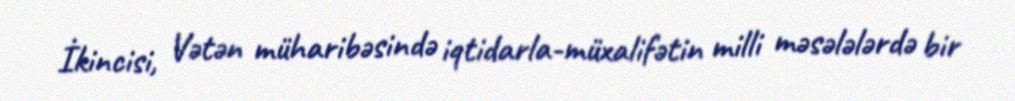
İkincisi, Vətən müharibəsində iqtidarla-müxalifətin milli məsələlərdə bir